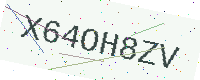
Text: X64OH8ZV